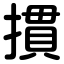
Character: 摜